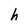
Character: h